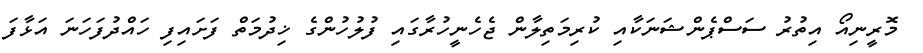
މޮރީނިއޯ އިތުރު ސަސްޕެންޝަނަކާއި ކުރިމަތިލާން ޖެހެނީހުރާގައި ފުލުހުންގެ ޚިދުމަތް ފަށައިފި ހައްދުފަހަނަ އަޅާފަ